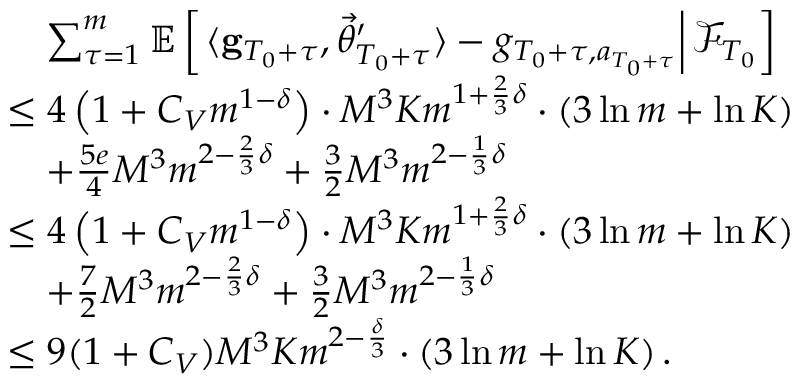
\begin{array} { r l } & { \quad \sum _ { \tau = 1 } ^ { m } \mathbb E \left[ \left. \langle \mathbf g _ { T _ { 0 } + \tau } , \vec { \theta } _ { T _ { 0 } + \tau } ^ { \prime } \rangle - g _ { T _ { 0 } + \tau , a _ { T _ { 0 } + \tau } } \right\rvert \mathcal F _ { T _ { 0 } } \right] } \\ & { \le 4 \left( 1 + C _ { V } m ^ { 1 - \delta } \right) \cdot M ^ { 3 } K m ^ { 1 + \frac 2 3 \delta } \cdot \left( 3 \ln m + \ln K \right) } \\ & { \quad + \frac { 5 e } 4 M ^ { 3 } m ^ { 2 - \frac 2 3 \delta } + \frac 3 2 M ^ { 3 } m ^ { 2 - \frac 1 3 \delta } } \\ & { \le 4 \left( 1 + C _ { V } m ^ { 1 - \delta } \right) \cdot M ^ { 3 } K m ^ { 1 + \frac 2 3 \delta } \cdot \left( 3 \ln m + \ln K \right) } \\ & { \quad + \frac 7 2 M ^ { 3 } m ^ { 2 - \frac 2 3 \delta } + \frac 3 2 M ^ { 3 } m ^ { 2 - \frac 1 3 \delta } } \\ & { \le 9 ( 1 + C _ { V } ) M ^ { 3 } K m ^ { 2 - \frac \delta 3 } \cdot \left( 3 \ln m + \ln K \right) . } \end{array}